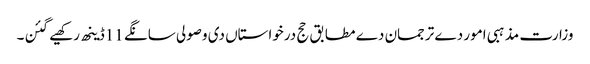
وزارت مذہبی امور دے ترجمان دے مطابق حج درخواستاں دی وصولی سانگے 11ڈینھ رکھیے گئن۔